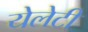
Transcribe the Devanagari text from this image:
येलेटी